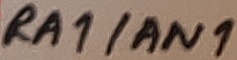
Text: RA0/AN0